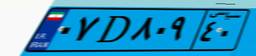
۵۶D۰۴۴۴۷